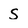
Character: S